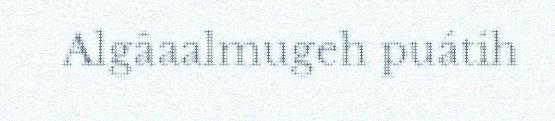
Algâaalmugeh puátih